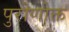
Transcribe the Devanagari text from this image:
पुरोणोक्त